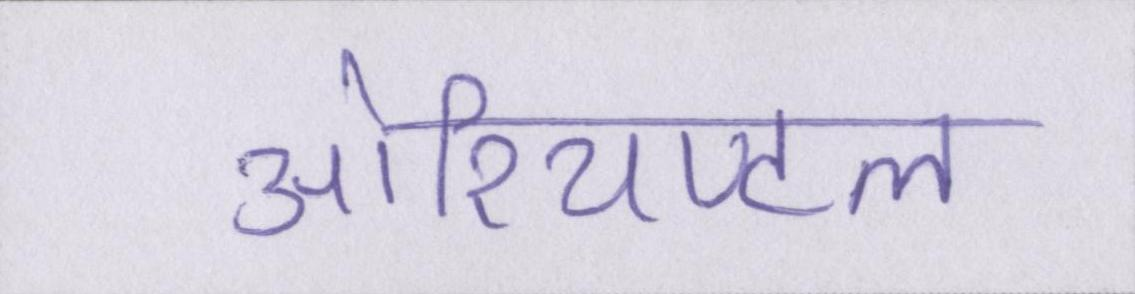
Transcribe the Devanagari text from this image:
ओरियण्टल